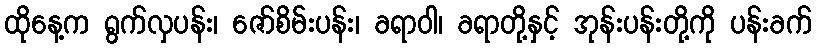
ထိုနေ့က ရွက်လှပန်း၊ ဇော်စိမ်းပန်း၊ ခရာဝါ၊ ခရာတို့နှင့် အုန်းပန်းတို့ကို ပန်းခက်